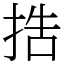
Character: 捁